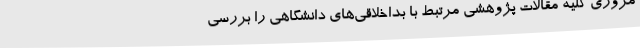
مروری کلیه مقالات پژوهشی مرتبط با بداخلاقی‌های دانشگاهی را بررسی